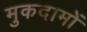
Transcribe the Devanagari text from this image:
मुकदामों